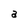
Character: a